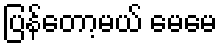
ပြန်တော့မယ် မေမေ